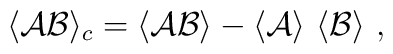
\langle {\cal A}{\cal B} \rangle_c = \langle {\cal A}{\cal B} \rangle - \langle {\cal A} \rangle~\langle {\cal B} \rangle~,